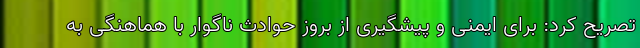
تصریح کرد: برای ایمنی و پیشگیری از بروز حوادث ناگوار با هماهنگی به